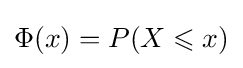
\Phi (x)=P(X\leqslant x)